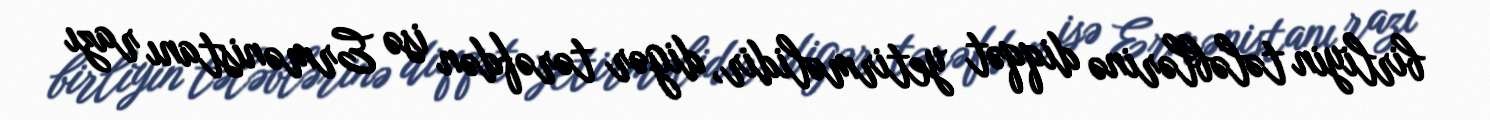
birliyin tələblərinə diqqət yetirməlidir, digər tərəfdən isə Ermənistanı razı